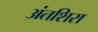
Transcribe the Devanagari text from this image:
अंतशिरा